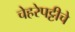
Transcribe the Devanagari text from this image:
चेहरेपट्टीचे